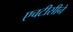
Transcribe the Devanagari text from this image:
एचटीसीने